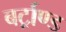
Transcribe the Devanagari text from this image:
बर्ट्राण्ड